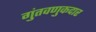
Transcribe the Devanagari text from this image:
गुंतवणुकदार